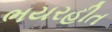
ભયરહીત